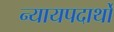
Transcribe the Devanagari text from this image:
न्यायपदार्थों